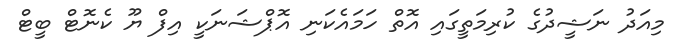
މިއަދު ނަޝީދުގެ ކުރިމަތީގައި އޮތް ހަމައެކަނި އޮޕްޝަނަކީ އިފް ޔޫ ކެނޮޓް ބީޓް